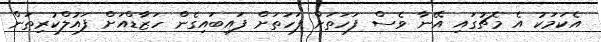
އެކަމަކު އެ މެޗުގައި އޭނާ ވެސް ފަހަތަށް ފަހަތަށް ފައިބައިގެން ހަޒާޑްއަށް ފައުލްކުރިތަން